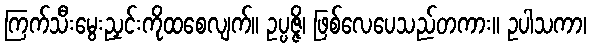
ကြက်သီးမွေးညှင်းကိုထစေလျက်။ ဥပ္ပဇ္ဇိ၊ ဖြစ်လေပေသည်တကား။ ဥပါသကာ၊